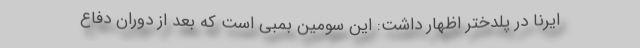
ایرنا در پلدختر اظهار داشت: این سومین بمبی است که بعد از دوران دفاع